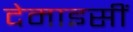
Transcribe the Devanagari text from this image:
देमाइसीं